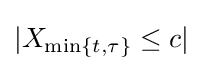
|X_{\min\{t,\tau \}}\leq c|